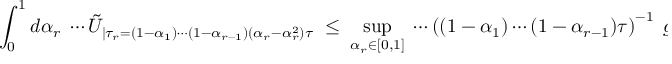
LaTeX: \int _ { 0 } ^ { 1 } d \alpha _ { r } \; \cdots \tilde { U } _ { | \tau _ { r } = ( 1 - \alpha _ { 1 } ) \cdots ( 1 - \alpha _ { r - 1 } ) ( \alpha _ { r } - \alpha _ { r } ^ { 2 } ) \tau } \; \leq \; \operatorname * { s u p } _ { \alpha _ { r } \in [ 0 , 1 ] } \; \cdots \left( ( 1 - \alpha _ { 1 } ) \cdots ( 1 - \alpha _ { r - 1 } ) \tau \right) ^ { - 1 } \; g \; \; \; ,